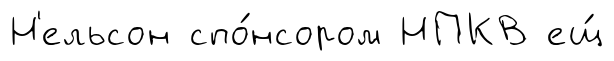
Н'ельсон спо́нсором НПКВ ещ́